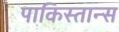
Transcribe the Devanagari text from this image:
पाकिस्तान्स